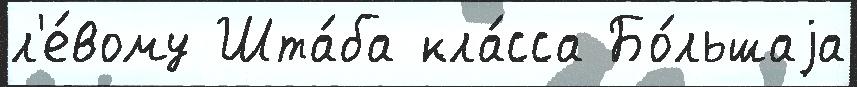
л'е́вому Шта́ба кла́сса Бо́льшаjа